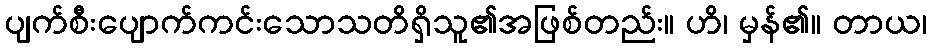
ပျက်စီးပျောက်ကင်းသောသတိရှိသူ၏အဖြစ်တည်း။ ဟိ၊ မှန်၏။ တာယ၊